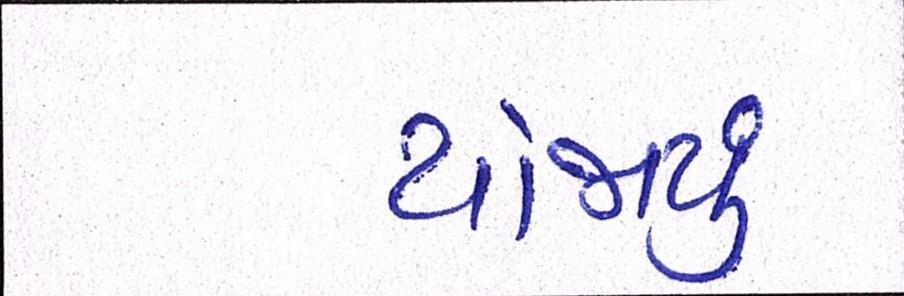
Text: યોજાયું